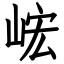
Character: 峵